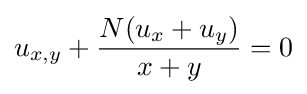
u_{x,y}+{\frac {N(u_{x}+u_{y})}{x+y}}=0